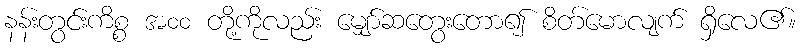
နန်းတွင်းကိစ္စ အ၀၀ တို့ကိုလည်း မျှော်ဆတွေးတော၍ စိတ်မောလျက် ရှိလေ၏။